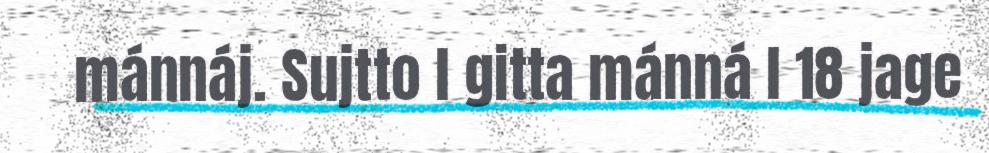
mánnáj. Sujtto l gitta mánná l 18 jage